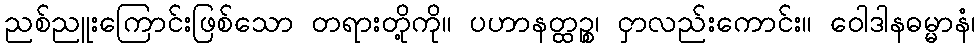
ညစ်ညူးကြောင်းဖြစ်သော တရားတို့ကို။ ပဟာနတ္ထဉ္စ၊ ငှာလည်းကောင်း။ ဝေါဒါနဓမ္မာနံ၊